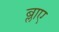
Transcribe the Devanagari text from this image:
ब्लाए